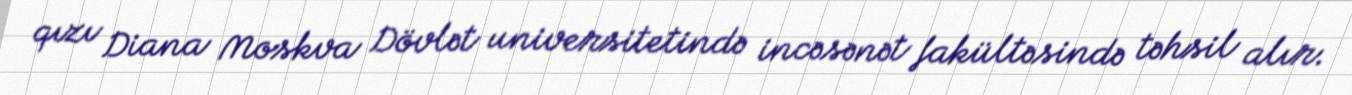
qızı Diana Moskva Dövlət universitetində incəsənət fakültəsində təhsil alır.